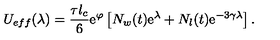
U _ { e f f } ( \lambda ) = \frac { \tau l _ { c } } { 6 } \mathrm { e } ^ { \varphi } \left[ N _ { w } ( t ) \mathrm { e } ^ { \lambda } + N _ { l } ( t ) \mathrm { e } ^ { - 3 \gamma \lambda } \right] .